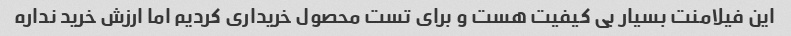
این فیلامنت بسیار بی کیفیت هست و برای تست محصول خریداری کردیم اما ارزش خرید نداره